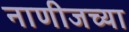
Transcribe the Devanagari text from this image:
नाणीजच्या